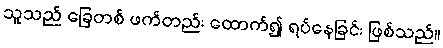
သူသည် ခြေတစ် ဖက်တည်း ထောက်၍ ရပ်နေခြင်း ဖြစ်သည်။